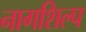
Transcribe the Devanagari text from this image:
नागशिल्प